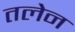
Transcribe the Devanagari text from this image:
तलेन